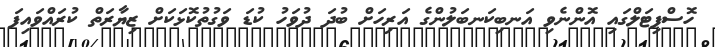
ހޮސްޕިޓަލްގައި އޮންނެވި އަނބިކަނބަލުންގެ އަރިހަށް ބުދަ ދުވަހު ކުޑަ ވަގުތުކޮޅަކަށް ޒިޔާރަތް ކުރައްވައިފަ